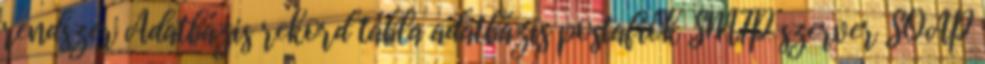
rendszer Adatbázis rekord tábla adatbázis postafiók SMTP szerver SOAP